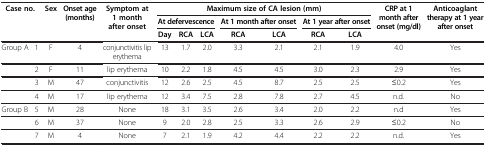
<table><thead><tr><td rowspan="3" colspan="2"><b> Case no.</b></td><td rowspan="3"><b>Sex</b></td><td rowspan="3"><b>Onset age (months)</b></td><td rowspan="3"><b>Symptom at 1 month after onset</b></td><td colspan="7"><b>Maximum size of CA lesion (mm)</b></td><td rowspan="3"><b>CRP at 1 month after onset (mg/dl)</b></td><td rowspan="3"><b>Anticoaglant therapy at 1 year after onset</b></td></tr><tr><td colspan="3"><b>At defervescence</b></td><td colspan="2"><b>At 1 month after onset</b></td><td colspan="2"><b>At 1 year after onset</b></td></tr><tr><td><b>Day</b></td><td><b>RCA</b></td><td><b>LCA</b></td><td><b>RCA</b></td><td><b>LCA</b></td><td><b>RCA</b></td><td><b>LCA</b></td></tr></thead><tbody><tr><td>Group A</td><td>1</td><td>F</td><td>4</td><td>conjunctivitis lip erythema</td><td>13</td><td>1.7</td><td>2.0</td><td>3.3</td><td>2.1</td><td>2.1</td><td>1.9</td><td>4.0</td><td>Yes</td></tr><tr><td> </td><td>2</td><td>F</td><td>11</td><td>lip erythema</td><td>10</td><td>2.2</td><td>1.8</td><td>4.5</td><td>4.5</td><td>3.0</td><td>2.3</td><td>2.9</td><td>Yes</td></tr><tr><td> </td><td>3</td><td>M</td><td>47</td><td>conjunctivitis</td><td>12</td><td>2.6</td><td>2.5</td><td>4.5</td><td>8.7</td><td>2.5</td><td>2.5</td><td>≤0.2</td><td>Yes</td></tr><tr><td> </td><td>4</td><td>M</td><td>17</td><td>lip erythema</td><td>12</td><td>3.4</td><td>7.5</td><td>2.8</td><td>7.8</td><td>2.7</td><td>4.5</td><td>n.d.</td><td>No</td></tr><tr><td>Group B</td><td>5</td><td>M</td><td>28</td><td>None</td><td>18</td><td>3.1</td><td>3.5</td><td>2.6</td><td>3.4</td><td>2.0</td><td>2.2</td><td>n.d</td><td>Yes</td></tr><tr><td> </td><td>6</td><td>M</td><td>37</td><td>None</td><td>9</td><td>2.0</td><td>2.8</td><td>2.5</td><td>3.3</td><td>2.6</td><td>2.9</td><td>≤0.2</td><td>No</td></tr><tr><td> </td><td>7</td><td>M</td><td>4</td><td>None</td><td>7</td><td>2.1</td><td>1.9</td><td>4.2</td><td>4.4</td><td>2.2</td><td>2.2</td><td>n.d.</td><td>Yes</td></tr></tbody></table>